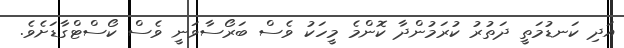
އަދި ކަނޑުމަތީ ދަތުރު ކުރަމުންދާ ކޮންމެ މީހަކު ވެސް ބަރޯސާވަނީ ވެސް ކޯސްޓްގާޑަށެވެ.